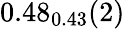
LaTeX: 0.48_{0.43}(2)